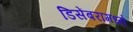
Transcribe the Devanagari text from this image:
डिसेंबरामध्ये